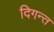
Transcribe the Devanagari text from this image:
दिगन्त